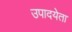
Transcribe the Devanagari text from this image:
उपादयेता